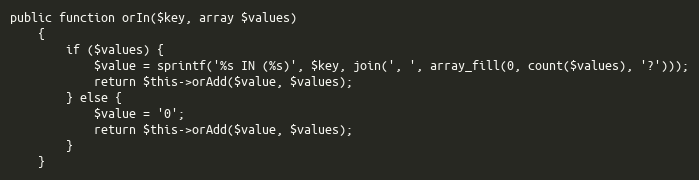
Language: PHP
public function orIn($key, array $values)
    {
        if ($values) {
            $value = sprintf('%s IN (%s)', $key, join(', ', array_fill(0, count($values), '?')));
            return $this->orAdd($value, $values);
        } else {
            $value = '0';
            return $this->orAdd($value, $values);
        }
    }